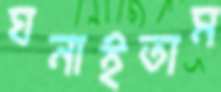
ঘনাইতাম